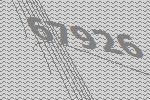
67926